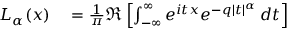
\begin{array} { r l } { L _ { \alpha } ( x ) } & { { } = { \frac { 1 } { \pi } } \Re \left[ \int _ { - \infty } ^ { \infty } e ^ { i t x } e ^ { - q | t | ^ { \alpha } } \, d t \right] } \end{array}